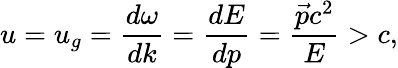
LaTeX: u=u_{g}=\frac{d\omega}{dk}=\frac{dE}{dp}=\frac{\vec{p}c^{2}}{E}>c,